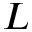
L